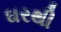
ઘરથી